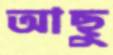
আছু